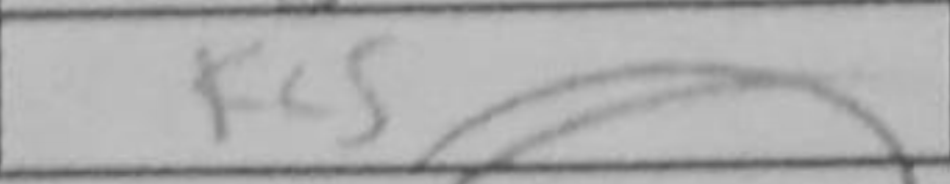
Transcription: Kc5